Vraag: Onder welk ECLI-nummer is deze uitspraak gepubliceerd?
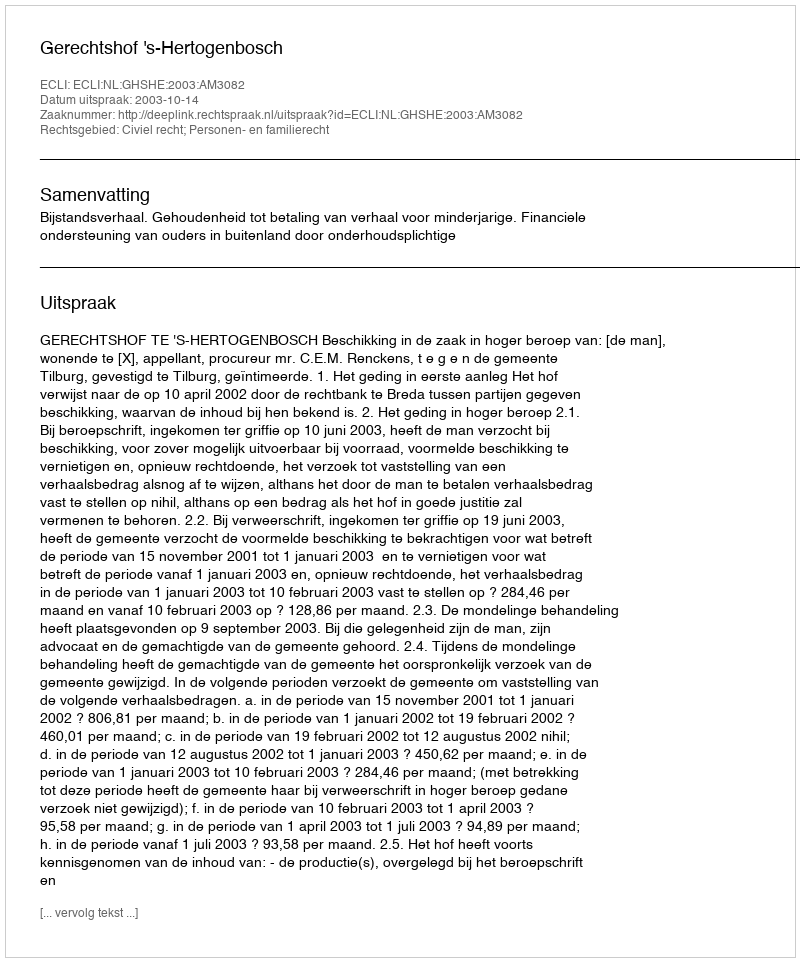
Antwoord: ECLI:NL:GHSHE:2003:AM3082